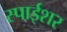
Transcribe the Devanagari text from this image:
स्पाईशर